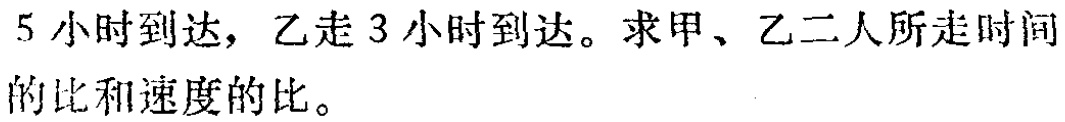
5小时到达，乙走3小时到达。求甲、乙二人所走时间的比和速度的比。